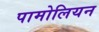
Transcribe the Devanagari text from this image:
पामोलियन